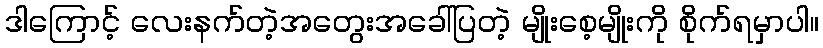
ဒါကြောင့် လေးနက်တဲ့အတွေးအခေါ်ပြတဲ့ မျိုးစေ့မျိုးကို စိုက်ရမှာပါ။